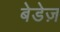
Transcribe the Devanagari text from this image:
बेडेज़